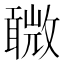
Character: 𣀋